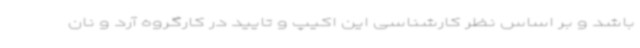
باشد و بر اساس نظر کارشناسی این اکیپ و تایید در کارگروه آرد و نان